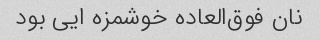
نان فوق‌العاده خوشمزه ایی بود